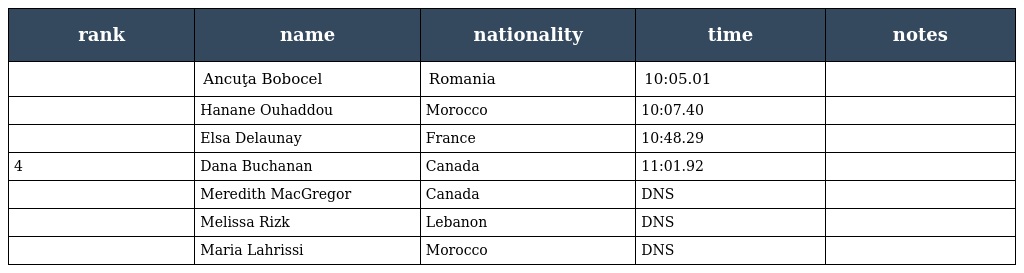
| rank | name | nationality | time | notes |
 | --- | --- | --- | --- | --- |
 |  | Ancuţa Bobocel | Romania | 10:05.01 |  |
 |  | Hanane Ouhaddou | Morocco | 10:07.40 |  |
 |  | Elsa Delaunay | France | 10:48.29 |  |
 | 4 | Dana Buchanan | Canada | 11:01.92 |  |
 |  | Meredith MacGregor | Canada | DNS |  |
 |  | Melissa Rizk | Lebanon | DNS |  |
 |  | Maria Lahrissi | Morocco | DNS |  |